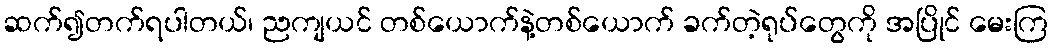
ဆက်၍တက်ရပါတယ်၊ ညကျယင် တစ်ယောက်နဲ့တစ်ယောက် ခက်တဲ့ရုပ်တွေကို အပြိုင် မေးကြ